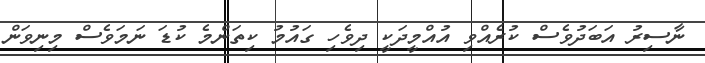
ނާސިރު އަބަދުވެސް ކުރެއްވި އުއްމީދަކީ ދިވެހި ގައުމު ކިތަންމެ ކުޑަ ނަމަވެސް މިނިވަން